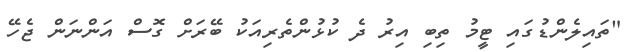
"ތައިލެންޑުގައި ޓީމު ތިބި އިރު ދެ ކުޅުންތެރިއަކު ބޭރަށް ގޮސް އަންނަން ޖެހޭ